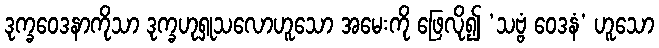
ဒုက္ခဝေဒနာကိုသာ ဒုက္ခဟုရှုသလောဟူသော အမေးကို ဖြေလို၍ ‘သဗ္ဗံ ဝေဒနံ’ ဟူသော